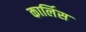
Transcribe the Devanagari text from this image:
कार्लिस